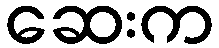
ဆေးက